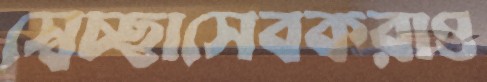
স্বেচ্ছাসেবকরাও